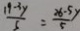
\frac { 1 9 - 3 y } { 5 } = \frac { 2 6 - 5 x } { 5 }